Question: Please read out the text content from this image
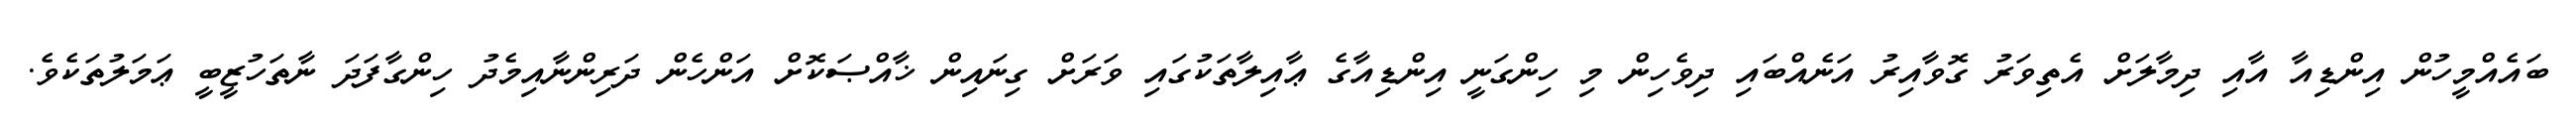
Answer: ބައެއްމީހުން އިންޑިއާ އާއި ދިމާލަށް އެތިވަރު ގޮވާއިރު އަނެއްބައި ދިވެހިން މި ހިންގަނީ އިންޑިއާގެ ޢާއިލާތަކުގައި ވަރަށް ގިނައިން ޚާއްޞަކޮށް އަންހެން ދަރިންނާއިމެދު ހިންގާފަދަ ނާތަހުޒީބީ ޢަމަލުތަކެވެ.